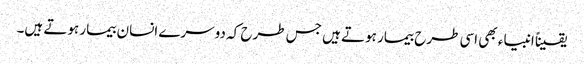
یقیناً انبیاء بھی اسی طرح بیمار ہوتے ہیں جس طرح کہ دوسرے انسان بیمار ہوتے ہیں۔